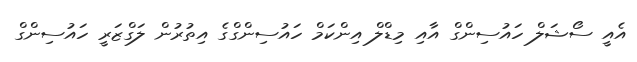
އެއީ ސޯޝަލް ހައުސިންގް އާއި މިޑްލް އިންކަމް ހައުސިންގްގެ އިތުރުން ލަގްޒަރީ ހައުސިންގް